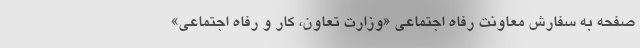
صفحه به سفارش معاونت رفاه اجتماعی «وزارت تعاون، کار و رفاه اجتماعی»